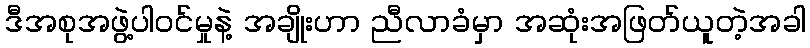
ဒီအစုအဖွဲ့ပါဝင်မှုနဲ့ အချိုးဟာ ညီလာခံမှာ အဆုံးအဖြတ်ယူတဲ့အခါ